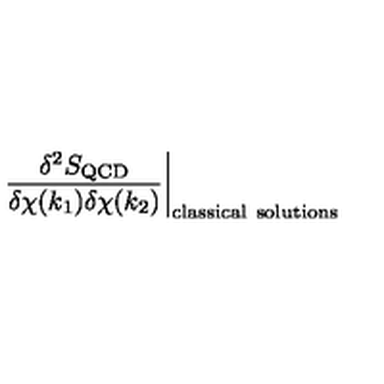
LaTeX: \frac { \delta ^ { 2 } S _ { \mathrm { Q C D } } } { \delta \chi ( k _ { 1 } ) \delta \chi ( k _ { 2 } ) } \biggr | _ { \mathrm { c l a s s i c a l \ s o l u t i o n s } }